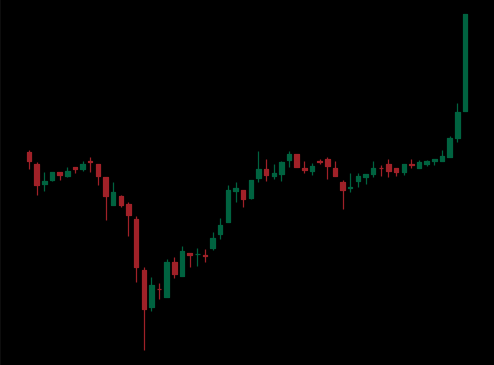
Pattern: inverse_head_shoulders